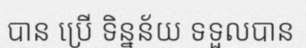
បាន ប្រើ ទិន្នន័យ ទទួលបាន